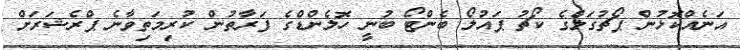
އަނެއްކޮޅުން ޕޯޗުގަލްގެ ކޯޗު ޕައުލޯ ބެންޓޯ ބުނީ ހޮލެންޑްގެ ފަރާތުން ކުރިމަތިވާނެ ޕްރެޝަރަށް